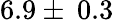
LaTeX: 6.9\pm\: 0.3